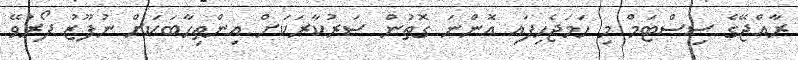
ރާއްޖޭގެ ސިސްޓަމް މި ހަމަޖެހިފައި އޮންނަ ގޮތުން ސަރުކާރަކަށް އިންތިހާބަކަށް ނުފޫޒު ފޯރުވޭ